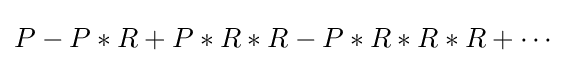
P-P*R+P*R*R-P*R*R*R+\cdots